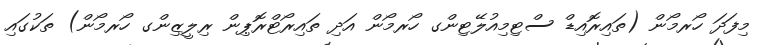
މިފަދަ ހޯރމޯން (ތައިރޮއިޑް ސްޓިމިއުލޭޓިންގ ހޯރމޯން އަދި ތައިރޯޓްރޮޕިން ރިލީޒިންގ ހޯރމޯން) ތަކުގައި